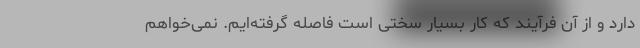
دارد و از آن فرآیند که کار بسیار سختی است فاصله گرفته‌ایم. نمی‌خواهم